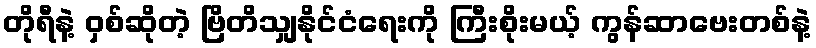
တိုရီနဲ့ ဝှစ်ဆိုတဲ့ ဗြိတိသျှနိုင်ငံရေးကို ကြီးစိုးမယ့် ကွန်ဆာဗေးတစ်နဲ့